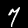
Digit: 7